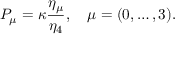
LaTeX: P _ { \mu } = \kappa \frac { \eta _ { \mu } } { \eta _ { 4 } } , \quad \mu = ( 0 , \ldots , 3 ) .